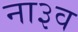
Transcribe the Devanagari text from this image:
ना३व